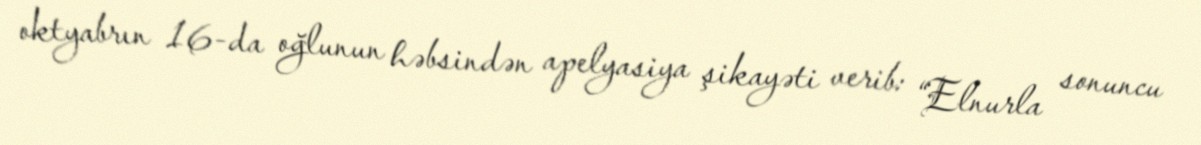
oktyabrın 16-da oğlunun həbsindən apelyasiya şikayəti verib: “Elnurla sonuncu